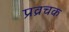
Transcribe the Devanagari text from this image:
प्रव्रचक